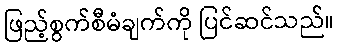
ဖြည့်စွက်စီမံချက်ကို ပြင်ဆင်သည်။